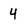
Character: 4